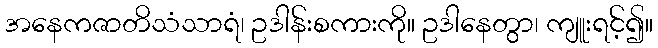
အနေကဇာတိသံသာရံ၊ ဥဒါန်းစကားကို။ ဥဒါနေတွာ၊ ကျူးရင့်၍။